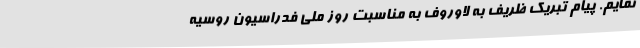
نمایم. پیام تبریک ظریف به لاوروف به مناسبت روز ملی فدراسیون روسیه